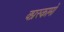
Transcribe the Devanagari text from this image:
क्प्रस्कामों